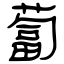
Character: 蔔